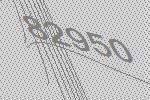
82950